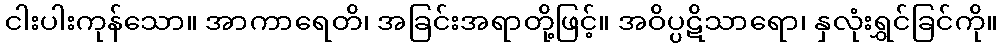
ငါးပါးကုန်သော။ အာကာရေတိ၊ အခြင်းအရာတို့ဖြင့်။ အဝိပ္ပဋိသာရော၊ နှလုံးရွှင်ခြင်ကို။